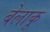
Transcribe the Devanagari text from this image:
बेलाकू